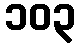
၁၀၃